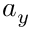
a _ { y }